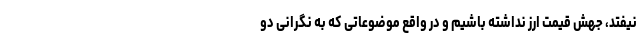
نیفتد، جهش قیمت ارز نداشته باشیم و در واقع موضوعاتی که به نگرانی دو